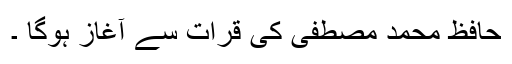
حافظ محمد مصطفی کی قرات سے آغاز ہوگا ۔